Report of the Imperial Institute of Veterinary Research, Muktesar
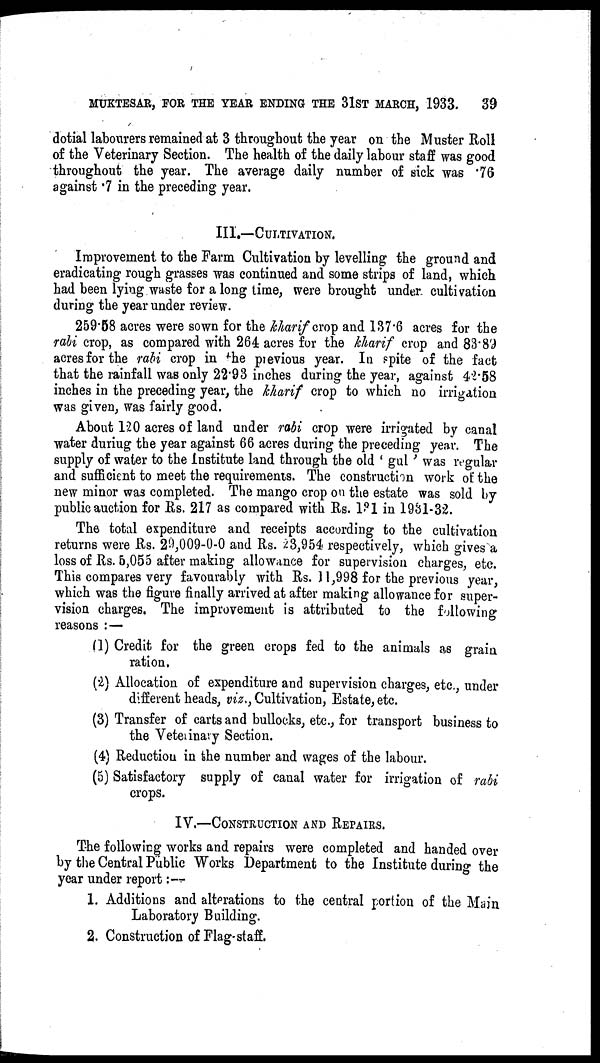
MUKTESAR, FOR THE YEAR ENDING THE 31ST MARCH, 1933. 39
dotial labourers remained at 3 throughout the year on the Muster Roll
of the Veterinary Section. The health of the daily labour staff was good
throughout the year. The average daily number of sick was .76
against .7 in the preceding year.
III.—CULTIVATION.
Improvement to the Farm Cultivation by levelling the ground and
eradicating rough grasses was continued and some strips of land, which
had been lying waste for a long time, were brought under cultivation
during the year under review.
259.58 acres were sown for the kharif crop and 137.6 acres for the
rabi crop, as compared with 264 acres for the kharif crop and 83.89
acres for the rabi crop in the previous year. In spite of the fact
that the rainfall was only 22.93 inches during the year, against 42.58
inches in the preceding year, the kharif crop to which no irrigation
was given, was fairly good.
About 120 acres of land under rabi crop were irrigated by canal
water during the year against 66 acres during the preceding year. The
supply of water to the Institute land through the old ' gul ' was regular
and sufficient to meet the requirements. The construction work of the
new minor was completed. The mango crop on the estate was sold by
public auction for Rs. 217 as compared with Rs. 131 in 1931-32.
The total expenditure and receipts according to the cultivation
returns were Rs. 29,009-0-0 and Rs. 23,954 respectively, which gives a
loss of Rs. 5,055 after making allowance for supervision charges, etc.
This compares very favourably with Rs. 11,998 for the previous year,
which was the figure finally arrived at after making allowance for super-
vision charges. The improvement is attributed to the following
reasons :—
(1) Credit for the green crops fed to the animals as grain
ration,
(2) Allocation of expenditure and supervision charges, etc., under
different heads, viz., Cultivation, Estate, etc.
(3) Transfer of carts and bullocks, etc., for transport business to
the Veterinary Section.
(4) Reduction in the number and wages of the labour.
(5) Satisfactory supply of canal water for irrigation of rabi
crops.
IV.—CONSTRUCTION AND REPAIRS.
The following works and repairs were completed and handed over
by the Central Public Works Department to the Institute during the
year under report:—
1. Additions and alterations to the central portion of the Main
Laboratory Building.
2. Construction of Flag-staff.